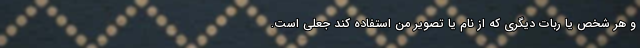
و هر شخص یا ربات دیگری که از نام یا تصویر من استفاده کند جعلی است.